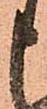
申